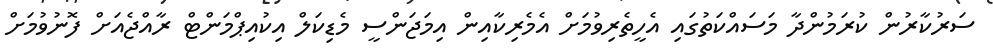
ސަރުކާރުން ކުރަމުންދާ މަސައްކަތުގައި އެހީތެރިވުމަށް އެމެރިކާއިން އިމަޖަންސީ މެޑިކަލް އިކުއިޕްމަންޓް ރާއްޖެއަށް ފޮނުވުމަށް